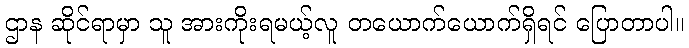
ဌာန ဆိုင်ရာမှာ သူ အားကိုးရမယ့်လူ တယောက်ယောက်ရှိရင် ပြောတာပါ။